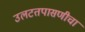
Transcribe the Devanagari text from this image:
उलटतपासणीचा